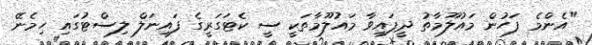
"އެންމެ ފަހުން މައުލޫމާތު ދީފައިވާ މައުލޫމާތަކީ ސީ ކެޓަގަރީގެ ފައިނަލް ލިސްޓުގައި ހިމެނޭ